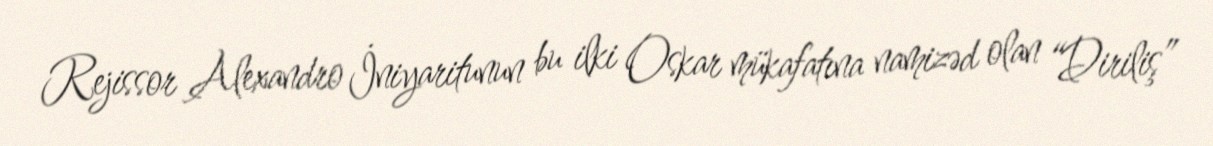
Rejissor Alexandro İniyaritunun bu ilki Oskar mükafatına namizəd olan “Diriliş”